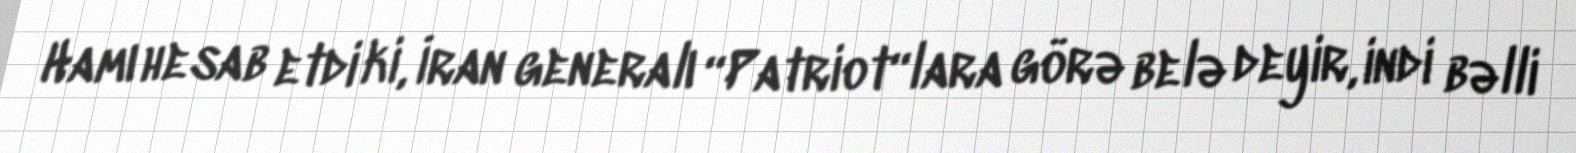
Hamı hesab etdi ki, İran generalı “Patriot“lara görə belə deyir, indi bəlli